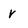
Character: v